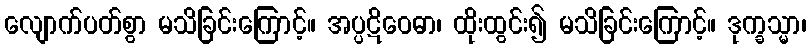
လျောက်ပတ်စွာ မသိခြင်းကြောင့်။ အပ္ပဋိဝေဓာ၊ ထိုးထွင်း၍ မသိခြင်းကြောင့်။ ဒုက္ခသ္မာ၊